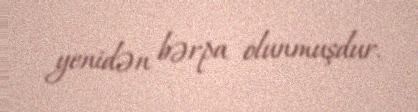
yenidən bərpa olunmuşdur.